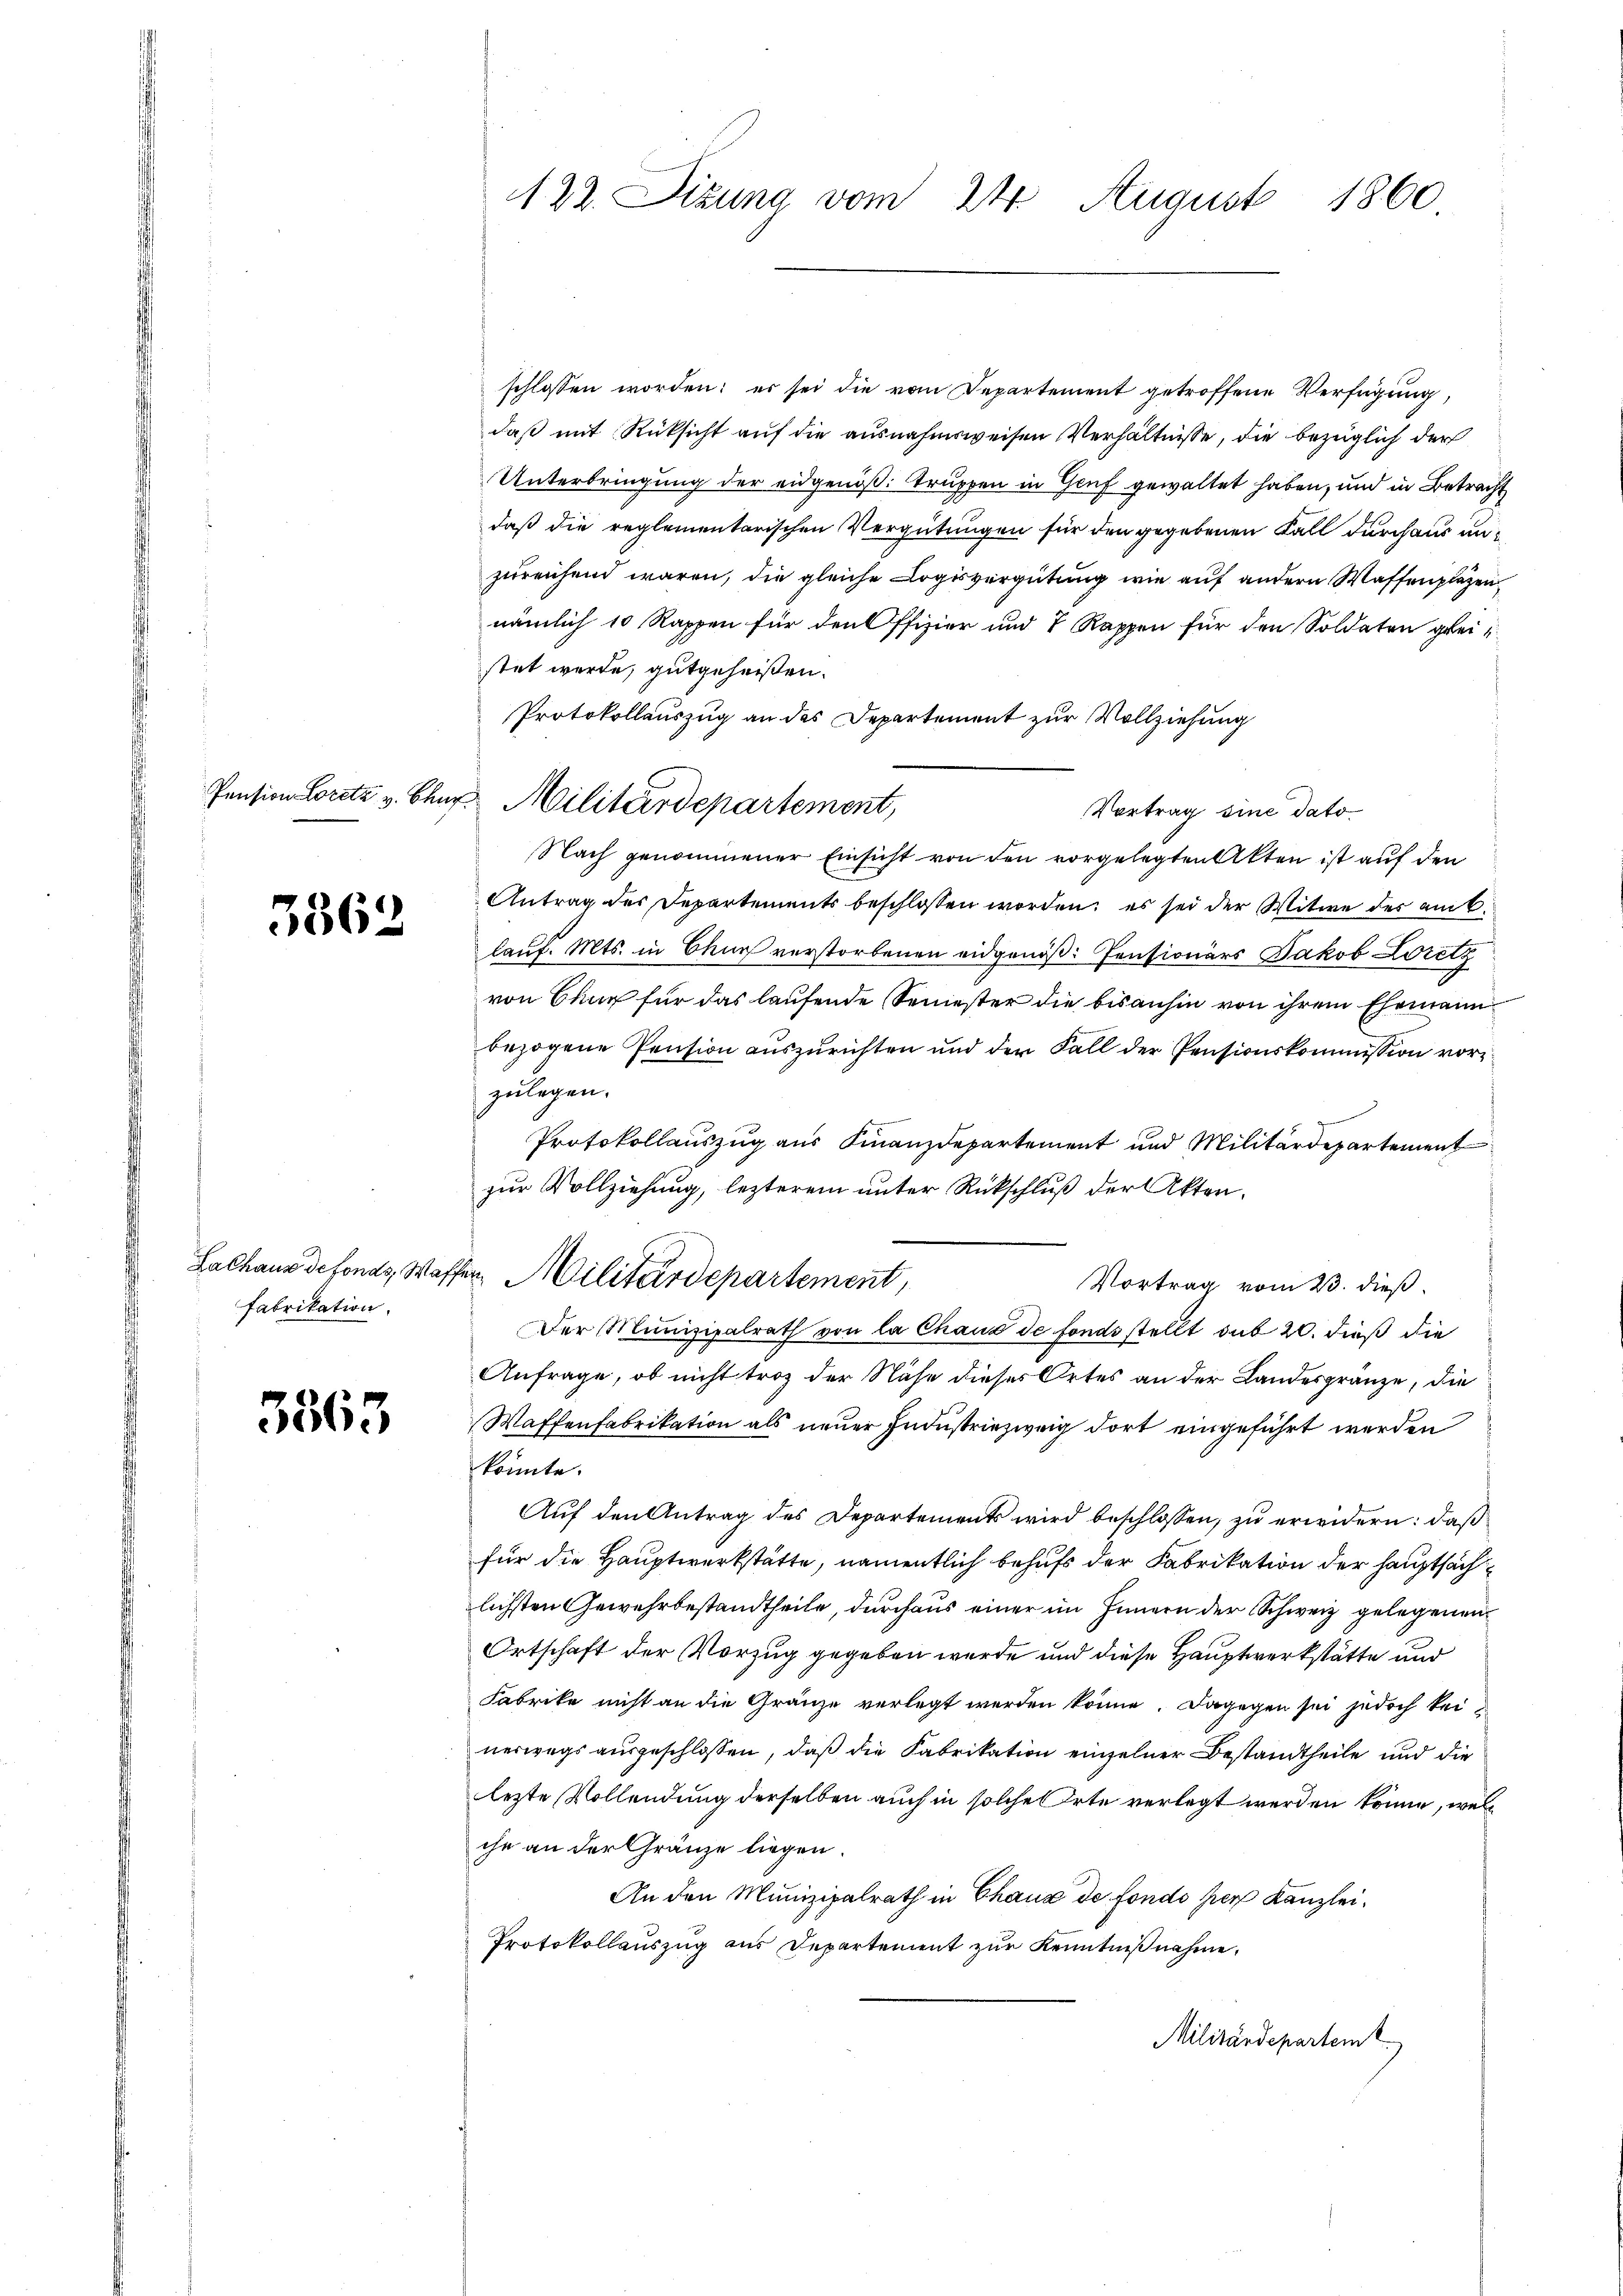
Pension Loretz v. Chuz

3562

Salhaus de fonds, Waf
Fabrikation.

3563

122. Sizung vom 24. August 1860

u. Militärdepartement,

schlossen worden: es sei die vom Departement getroffene Verfügung,
daß mit Rücksicht auf die ausnahmsweisen Verhältnisse, die bezüglich der
Unterbringung der eidgenöß: Truppen in Genf gewaltet haben, und in Betracht
daß die reglementarischen Vergütungen für den gegebenen Fall durch aus anzureichend waren, die gleiche Logisvergütung wie auf andern Waffenplazen
nämlich 10 Rappen für den Offizier und 7 Rappen für den Soldaten greistet werde, gutgeheißen.
Protokollauszug an das Departement zur Vollziehung
Vortrag sine dato
Nach genommener Einsicht von den vorgelegten Akten ist auf den
Antrag des Departements beschlossen worden; es sei der Witwe der am 6.
lauf. Mts. in Chur verstorbenen eidgenöß: Pensionärs Jakob Loretz
von Chur für das laufende Semester die bisanhin von ihrem Ehemann
bezogene Pension auszurichten und der Fall der Pensionskommission vorzulegen.
Protokollauszug aus Finanzdepartement und Militärdepartement
zur Vollziehung, lezterem unter Rückschluß der Akten.
ven Militärdepartement,
Vortrag vom 23. dieß
Der Munizipalrath von la Chaus de fonds stellt sub 20. dieß die
Anfrage, ob nicht troz der Nähe dieser Ortes an der Landesgränze, die
Waffenfabrikation als neuer Industriezweig dort eingeführt werden
könnte.
Auf den Antrag des Departements wird beschlossen, zu erwidern: daß
für die Hauptwerkstätte, namentlich behufs der Fabrikation der Hauptsächlichsten Gewehrbestandtheile, durchaus einer im Innern der Schweiz gelegenen
Ortschaft der Vorzug gegeben wurde und diese Hauptwerkstätte und
Fabrike nicht an die Gränze verlegt werden könne. Dagegen sei jedoch kei-
nerwegs ausgeschlossen, daß die Fabrikation einzelner Bestandtheile und die
lezte Vollendung derselben auch in solche Orte verlegt werden könne, welihr an der Gränze liegen.
An den Munizipalrath in Chaus de fondo per Kanzlei¬
Protokollauszug aus Departement zur Kenntnißnahme.
Militärdepartemt